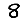
Digit: 8